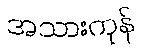
အသားကုန်